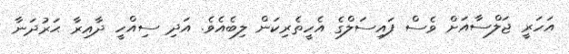
އަހަރީ ޖަލްސާއަށް ވެސް ފައިސަލްގެ އެހީތެރިކަން ލިބެއެވެ. އަދި ސިއްހީ ދާއިރާ ޙަރުދަނާ